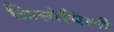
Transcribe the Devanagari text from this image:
क्रिसोपिली